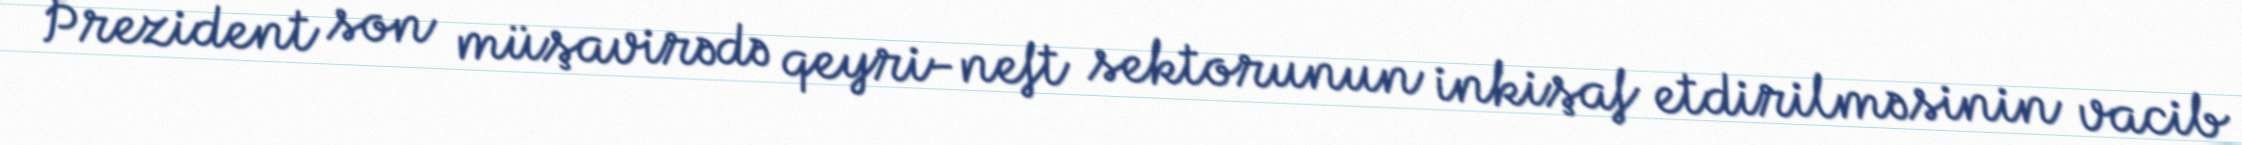
Prezident son müşavirədə qeyri-neft sektorunun inkişaf etdirilməsinin vacib